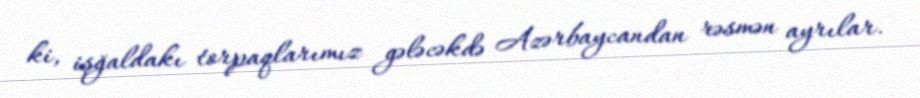
ki, işğaldakı torpaqlarımız gələcəkdə Azərbaycandan rəsmən ayrılar.